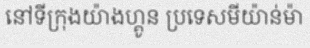
នៅទីក្រុងយ៉ាងហ្គូន ប្រទេសមីយ៉ាន់ម៉ា